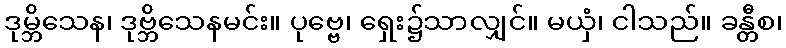
ဒုမ္ဘိသေန၊ ဒုဗ္ဘိသေနမင်း။ ပုဗ္ဗေ၊ ရှေး၌သာလျှင်။ မယှံ၊ ငါသည်။ ခန္တီစ၊